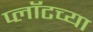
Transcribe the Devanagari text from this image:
प्लॉटच्या